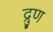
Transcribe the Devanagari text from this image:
द्रुण